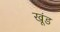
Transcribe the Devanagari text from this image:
खूंड